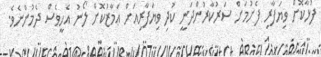
ފުޅާކޮށް ވިޔަފާރި ފެށުމަށް ސަރުކާރުންދަނީ ކުދި ވިޔަފާރިއަށް ޢަމާޒުކޮށް ލޯނު އެހީވެސް ދެމުންނެވެ.